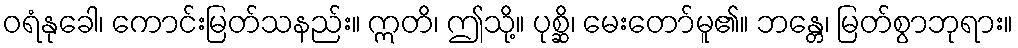
ဝရံနုခေါ၊ ကောင်းမြတ်သနည်း။ ဣတိ၊ ဤသို့။ ပုစ္ဆိ၊ မေးတော်မူ၏။ ဘန္တေ၊ မြတ်စွာဘုရား။